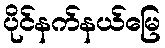
ပိုင်နက်နယ်မြေ